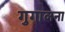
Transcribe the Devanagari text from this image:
गुगालना